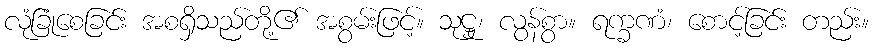
လုံခြုံစေခြင်း အစရှိသည်တို့၏ အစွမ်းဖြင့်။ သုဋ္ဌု၊ လွန်စွာ။ ရက္ခဏံ၊ စောင့်ခြင်း တည်း။